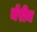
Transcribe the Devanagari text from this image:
मॅरीन